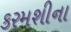
કરમશીના